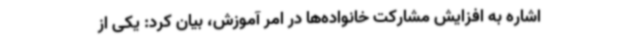
اشاره به افزایش مشارکت خانواده‌ها در امر آموزش، بیان کرد: یکی از